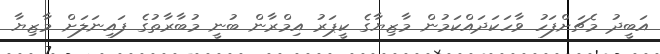
އަބީދު މެޗަށްފަހު ވާހަކަދައްކަމުން މާޒިޔާގެ ކީޕަރު އިމްރާން ބުނީ މުބާރާތުގެ ފައިނަލަށް މާޒިޔާ